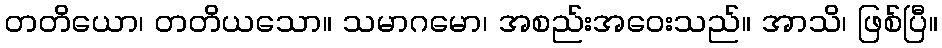
တတိယော၊ တတိယသော။ သမာဂမော၊ အစည်းအဝေးသည်။ အာသိ၊ ဖြစ်ပြီ။